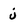
Character: j